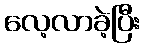
လေ့လာခဲ့ပြီး